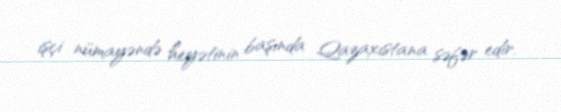
işçi nümayəndə heyətinin başında Qazaxıstana səfər edir.